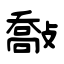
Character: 敽